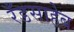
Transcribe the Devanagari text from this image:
रँडसाहेब